Scottish Certificate of Education, 1962
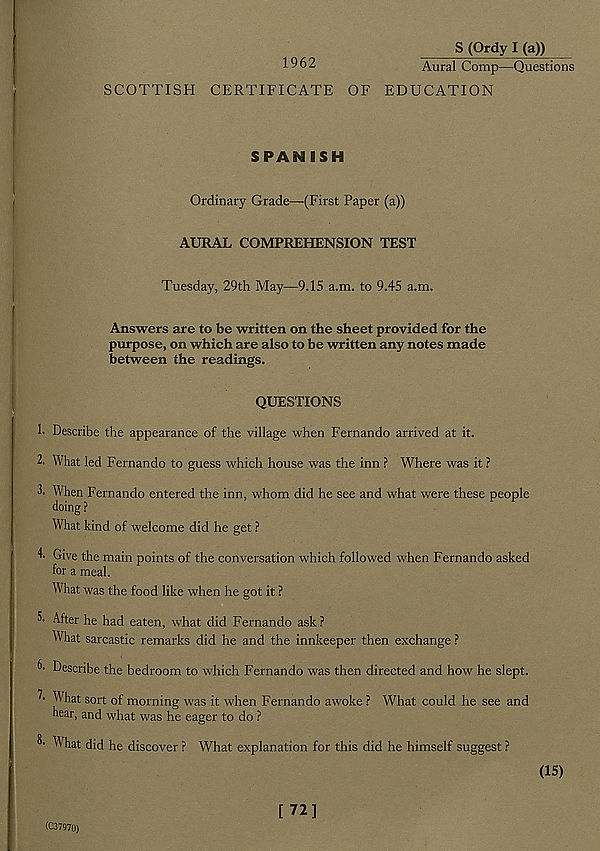
S (Ordy I (a))
1962
Aural Comp—Questions
SCOTTISH CERTIFICATE OF EDUCATION
SPAN ISH
Ordinary Grade—(First Paper (a))
AURAL COMPREHENSION TEST
Tuesday, 29th May—9.15 a.m. to 9.45 a.m.
Answers are to be written on the sheet provided for the
purpose, on which are also to be written any notes made
between the readings.
QUESTIONS
1. Describe the appearance of the village when Fernando arrived at it.
2. What led Fernando to guess which house was the inn ? Where was it ?
3. When Fernando entered the inn, whom did he see and what were these people
doing ?
What kind of welcome did he get ?
Give the main points of the conversation which followed when Fernando asked
for a meal.
What was the food like when he got it ?
5- After he had eaten, what did Fernando ask ?
What sarcastic remarks did he and the innkeeper then exchange ?
6- Describe the bedroom to which Fernando was then directed and how he slept.
What sort of morning was it when Fernando awoke ? What could he see and
hear, and what was he eager to do ?
^ What did he discover ? What explanation for this did he himself suggest ?
(15)
(C37970)
[72]